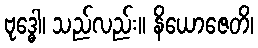
ဗုဒ္ဓေါ၊ သည်လည်း။ နိယောဇေတိ၊